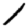
Digit: 1